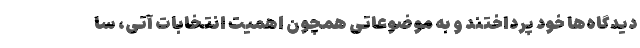
دیدگاه‌ها خود پرداختند و به موضوعاتی همچون اهمیت انتخابات آتی، سا